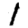
Digit: 1